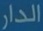
الدار